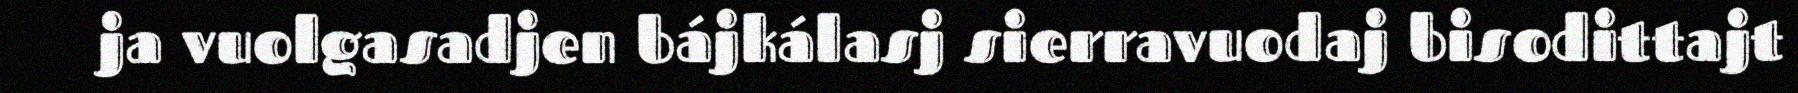
ja vuolgasadjen bájkálasj sierravuodaj bisodittajt